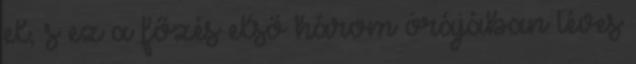
el, s ez a főzés első három órájában téves